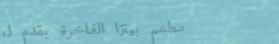
مطعم بيتزا الفاخرة يقدم ل